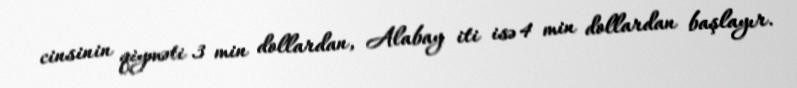
cinsinin qiyməti 3 min dollardan, Alabay iti isə 4 min dollardan başlayır.